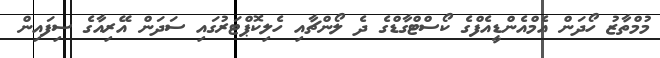
މުމްތާޒު ހޯދަން އެމްއެންޑީއެފްގެ ކޯސްޓްގާޑްގެ ދެ ލޯންޗާއި ހެލިކޮޕްޓަރުގައި ސަދަން އޭރިއާގެ ސިފައިން